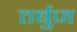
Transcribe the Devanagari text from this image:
तर्बुज